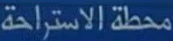
محطة الاستراحة